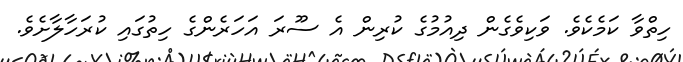
ހިތްވާ ކަމެކެވެ. ވަކިވެގެން ދިއުމުގެ ކުރިން އެ ސޫރަ އަހަރެންގެ ހިތުގައި ކުރަހާލާށެވެ.